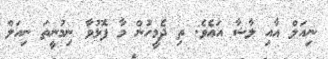
ނިއަލް އާއި ލާޝާ އައެވެ. ތި ދެމީހުން މާ ފޮޅުވާ ނިމުނީތަ ނިއަލް